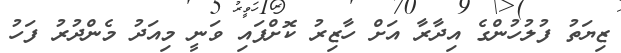
ޒިޔަތު ފުލުހުންގެ އިދާރާ އަށް ހާޒިރު ކޮށްފައި ވަނީ މިއަދު މެންދުރު ފަހު